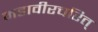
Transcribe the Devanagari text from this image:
महावीरचरित्‌